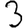
Digit: 3